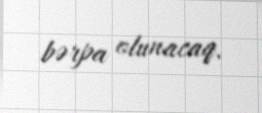
bərpa olunacaq.